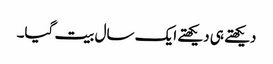
دیکھتے ہی دیکھتے ایک سال بیت گیا۔